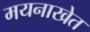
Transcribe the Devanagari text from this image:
मयनाखेत